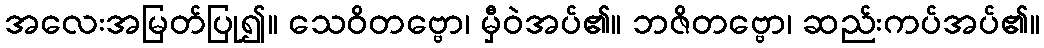
အလေးအမြတ်ပြု၍။ သေဝိတဗ္ဗော၊ မှီဝဲအပ်၏။ ဘဇိတဗ္ဗော၊ ဆည်းကပ်အပ်၏။